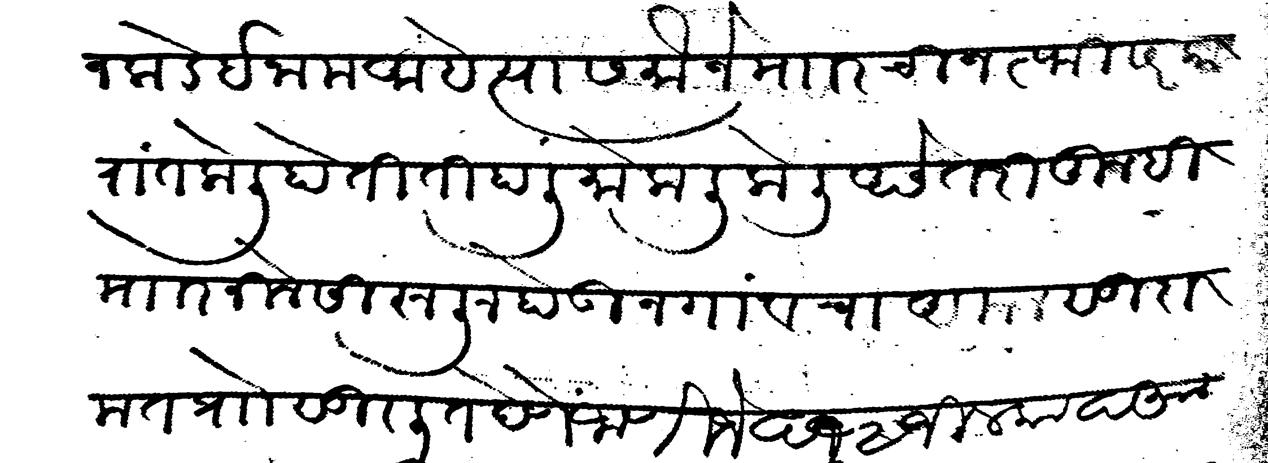
Transliteration (Devanagari): याज कडे इनाम अहे त्यास मौजे माार ची जत्फी सरकारांत केली होती ती हाली मोकळी केली असे तरी तुम्ही माार निलेसी रूजू होऊन गांवचा अमल सुदामत प्राो सुरलित देणे जाणिजे छ १२ जिल्काद आ